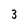
Character: 3